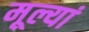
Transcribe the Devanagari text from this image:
मूल्यां